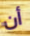
أن